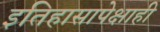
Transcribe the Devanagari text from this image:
इतिहासापेक्षाही